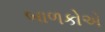
બાળકોએ